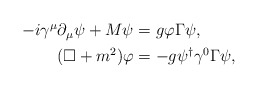
\begin{align*}\begin{aligned}-i\gamma^\mu\partial_\mu\psi+M\psi &= g\varphi\Gamma\psi , \\(\Box+m^2)\varphi &= -g\psi^\dagger\gamma^0\Gamma\psi,\end{aligned}\end{align*}